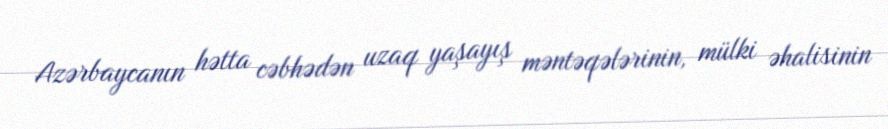
Azərbaycanın hətta cəbhədən uzaq yaşayış məntəqələrinin, mülki əhalisinin